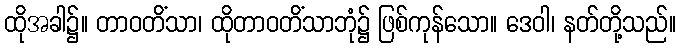
ထိုအခါ၌။ တာဝတိံသာ၊ ထိုတာဝတိံသာဘုံ၌ ဖြစ်ကုန်သော။ ဒေဝါ၊ နတ်တို့သည်။